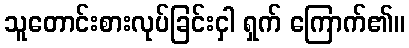
သူတောင်းစားလုပ်ခြင်းငှါ ရှက် ကြောက်၏။